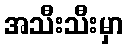
အသီးသီးမှာ